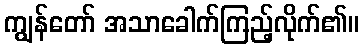
ကျွန်တော် အသာခေါက်ကြည့်လိုက်၏။